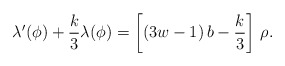
\begin{align*}\lambda'(\phi)+{k\over 3}\lambda(\phi)=\left[(3w-1)\,b-{k\over 3}\right]\,\rho.\end{align*}